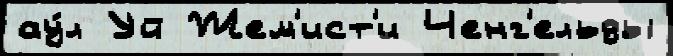
ау́л Уй Жем'ист'и Ченг'ельды